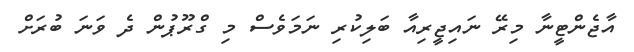
އާޖެންޓީނާ މިރޭ ނައިޖީރިއާ ބަލިކުރި ނަމަވެސް މި ގްރޫޕުން ދެ ވަނަ ބުރަށް